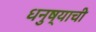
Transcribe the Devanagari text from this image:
धनुष्याची